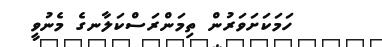
ހަމަކަށަވަރުން ތިމަންރަސްކަލާނގެ މެނުވީ